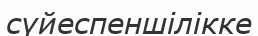
сүйеспеншілікке